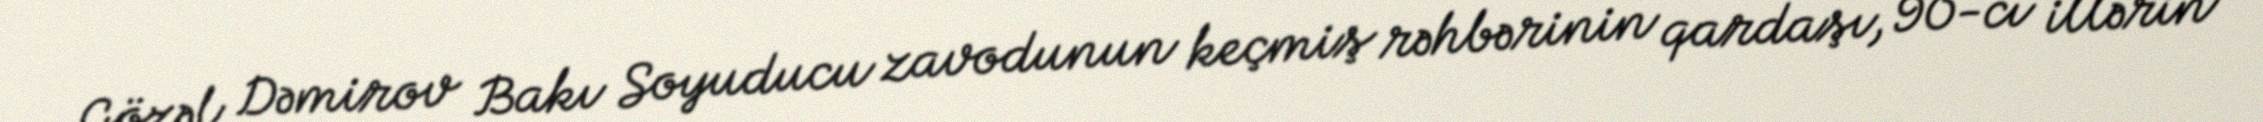
Gözəl Dəmirov Bakı Soyuducu zavodunun keçmiş rəhbərinin qardaşı, 90-cı illərin